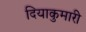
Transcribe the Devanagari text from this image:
दियाकुमारी